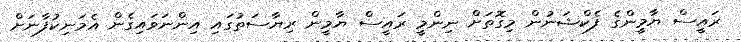
ރައީސް ޔާމީންގެ ފެކްޝަނުން މިގޮތަށް ނިންމީ ރައީސް ޔާމީން ރިޔާސަތުގައި އިންނަވައިގެން އެމަނިކުފާނަށް